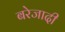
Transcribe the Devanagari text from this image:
बरेजादी